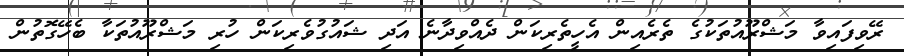
ރޭވިފައިވާ މަޝްރޫއުތަކުގެ ތެރެއިން އެހީތެރިކަން ދެއްވިދާނެ އަދި ޝައުގުވެރިކަން ހުރި މަޝްރޫއުތަކާ ބެހޭގޮތުން